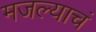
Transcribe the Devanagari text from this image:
मजल्याचं